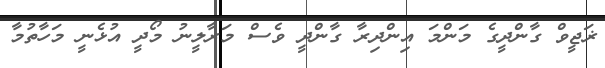
ޜަޖީވް ގާންދީގެ މަންމަ އިންދިރާ ގާންދީ ވެސް މަރާލީނު މޯދީ އުޅެނީ މަހާތުމާ